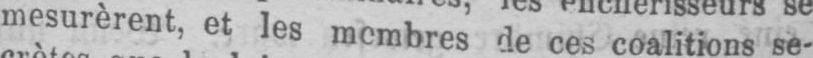
mesurèrent, et les membres de ces coalitions se-